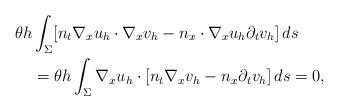
LaTeX: \begin{align*}\theta h&\int_{\Sigma} [ n_t \nabla_x u_h \cdot\nabla_x v_h - n_x \cdot \nabla_x u_h \partial_{t} v_h] \, ds \\& = \theta h\int_{\Sigma} \nabla_x u_h \cdot [ n_t \nabla_x v_h - n_x \partial_{t} v_h] \, ds = 0,\end{align*}